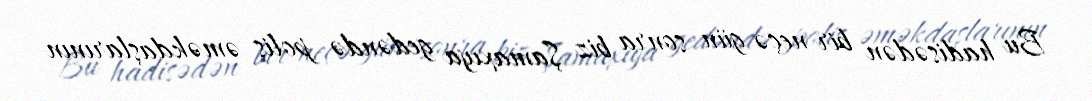
Bu hadisədən bir neçə gün sonra biz Şamaxıya gedəndə polis əməkdaşlarının